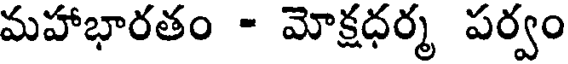
మహాభారతం - మోక్షధర్మ పర్వం